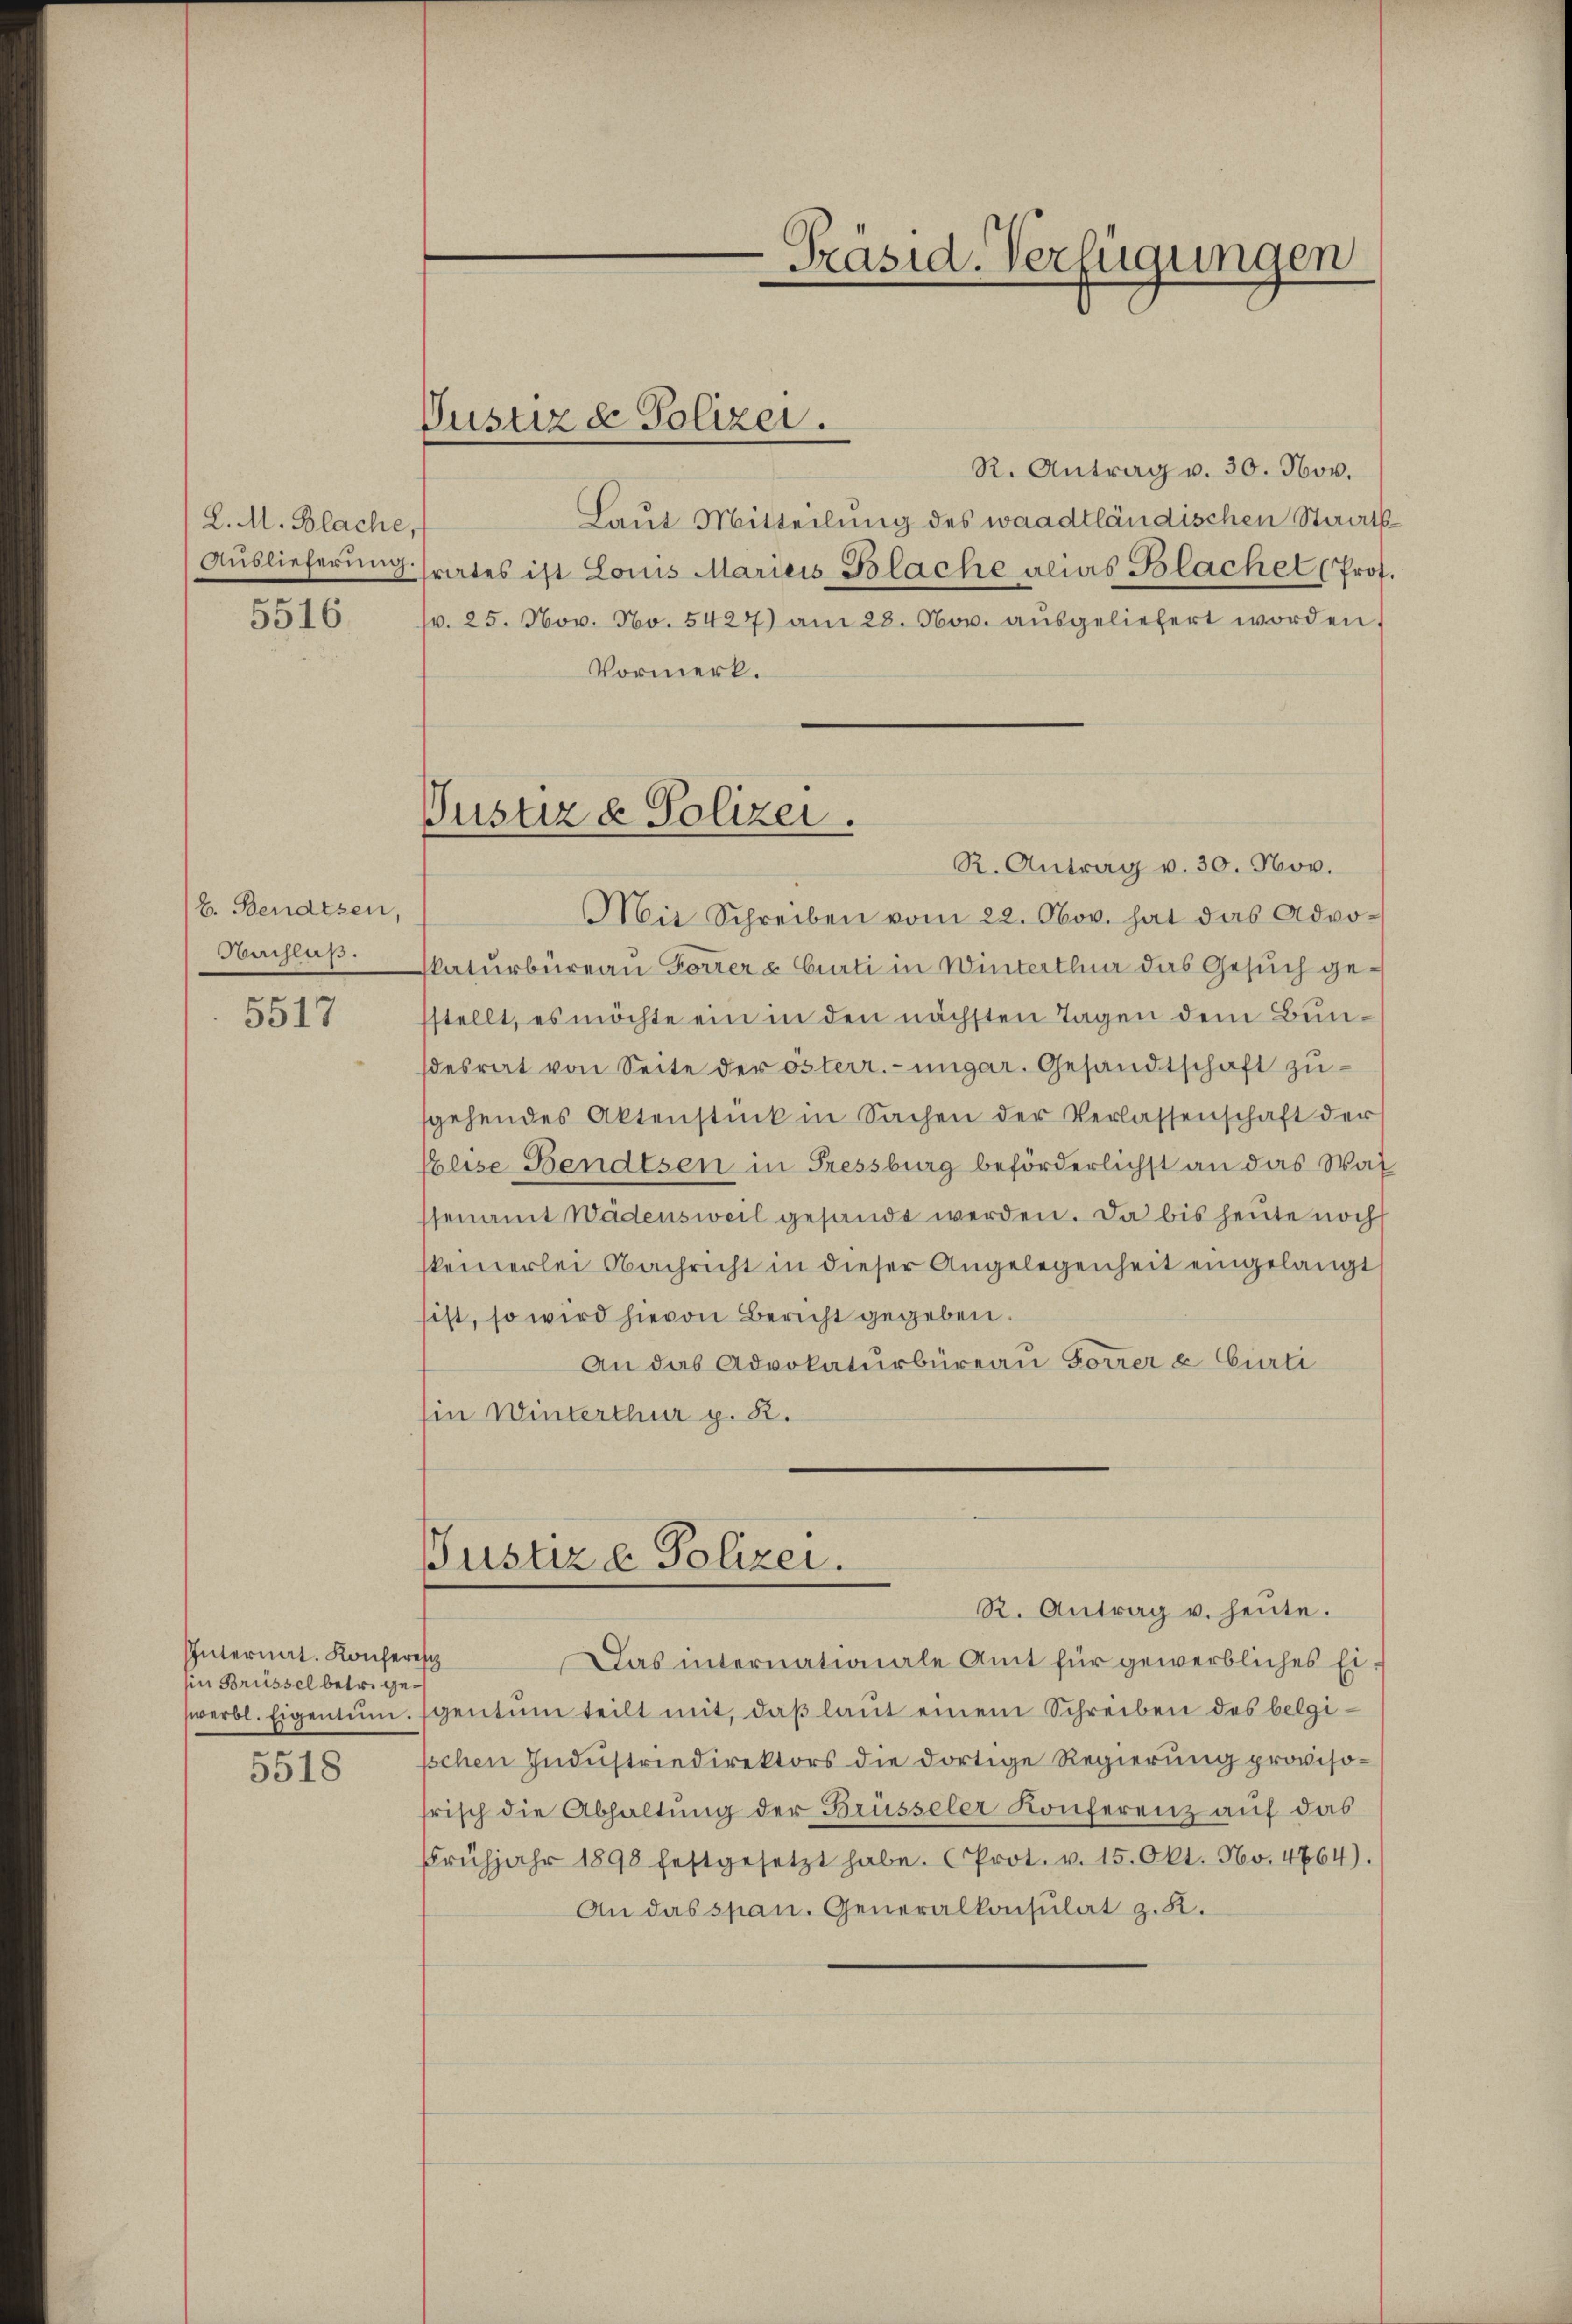
L. M. Blache,
Auslieferung.
e
5516.

E. Bentzen,
Nachlaß.

5517

Internat. Konferisch
in Brüssel betr. geswerbl. Eigentum.

5518

Justiz & Polizei.

Präsid.-Verfügungen

R. Antrag v. 30. Nov.
Laut Mitteilung des waadtländischen Staatsrates ist Louis Maricis Blache alias Blachel (Prof.
p. 25. Nov. No. 5427) am 28. Nov. aŭsgeliefert worden.
Vormerk.
e
R. Antrag v. 30. Nov.
Mit Schreiben vom 22. Nov. hat das Advokaturbüreau Forrer & Curti in Winterthur das Gesuch gestellt, es möchte ein in den nächsten Tagen dem Bundesrat von Seite der österr.-ungar. Gesandtschaft zusgehendes Aktenstück in Sachen der Verlassenschaft der
eise Bendtsen in Fressburg beförderlichst an das Wal
senamt Wädensweil gesandt werden. Da bis heute noch
keinerlei Nachricht in dieser Angelegenheit eingelangt
ist, so wird hievon Bericht gegeben.
An das Advokaturbüreau Forrer & Curti
Ein Winterthur p. 2.

Justiz & Polizei.

Justiz & Polizei.

Das internationale Amt für gewerbliches Eigentum teilt mit, daß laut einem Schreiben des belgipchen Industriedirektors die dortige Regierung provisofrisch die Abhaltung der Brüsseler Konferenz auf das
Frühjahr 1898 festgesetzt habe. (Prot. v. 15. Okt. No. 4764).
An das span. Generalkonsulat z. K.

R. Antrag u. heŭte.